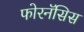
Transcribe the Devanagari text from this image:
फोरनॅसिस